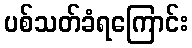
ပစ်သတ်ခံရကြောင်း